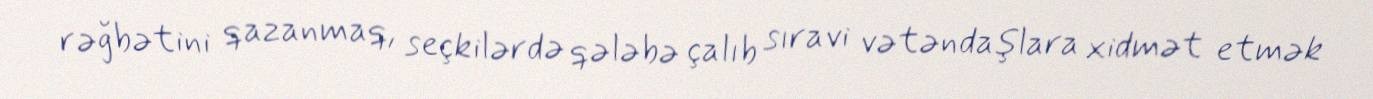
rəğbətini qazanmaq, seçkilərdə qələbə çalıb sıravi vətəndaşlara xidmət etmək